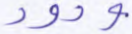
ودود